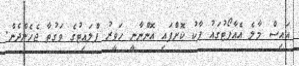
އައިސް މާލެ އެއާޕޯޓުގައު ޕާކު ކޮށްފައި އޮންނާނީ ހަވީރު ފްލައިޓުގެ ވަގުތާ ޖެހެންދެން.